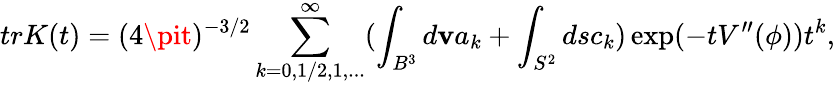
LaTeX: trK(t)=(4\pit)^{-3/2}\sum_{k=0,1/2,1,...}^{\infty}(\int_{B^{3}}d\mathbf{v}a_{k}+\int_{S^{2}}dsc_{k})\exp(-tV^{\prime\prime}(\phi))t^{k},